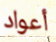
أعواد